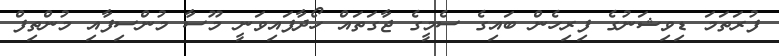
ފުރަތަމަ ޑިވިޝަނުގެ ފިރިހެން ބައިގެ ސެމީގެ ޖާގަތައް ހޯދާފައިވަނީ މޫސާ މުންސިފާއި މުންތިފް